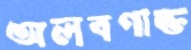
অলবণাক্ত